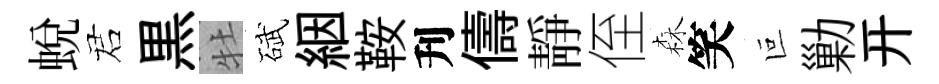
蛻诺黒牡碔絪鞍刋儔靜侄森笑叵勦开